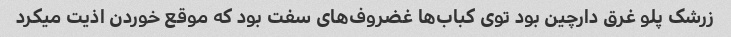
زرشک پلو غرق دارچین بود توی کباب‌ها غضروف‌های سفت بود که موقع خوردن اذیت میکرد